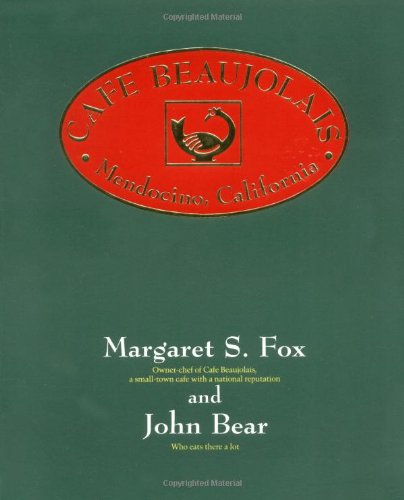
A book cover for Cafe Beaujolais; Margaret S. Fox; Cookbooks, Food & Wine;